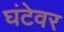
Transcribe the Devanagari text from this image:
घंटेवर